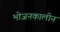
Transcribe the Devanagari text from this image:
भोजनकालीन